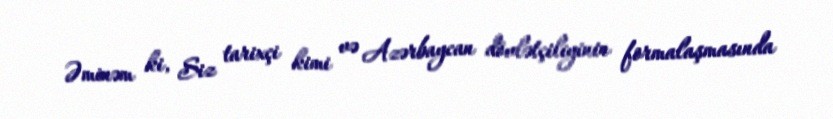
Əminəm ki, Siz tarixçi kimi və Azərbaycan dövlətçiliyinin formalaşmasında